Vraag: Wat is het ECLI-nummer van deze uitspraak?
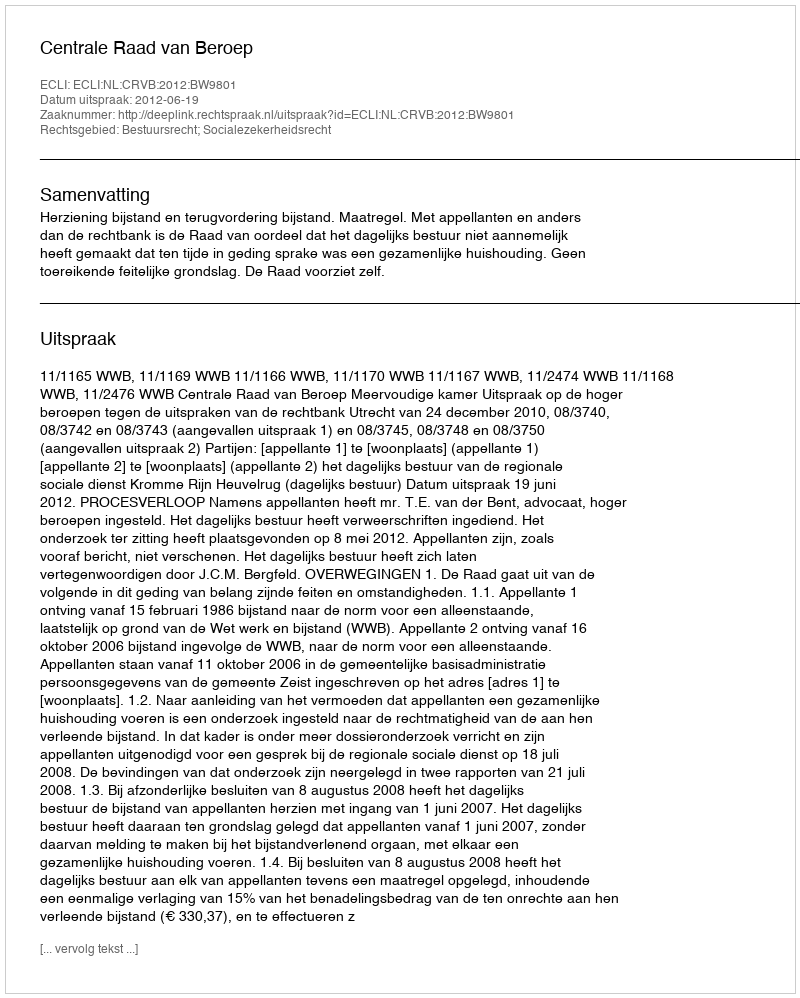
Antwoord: ECLI:NL:CRVB:2012:BW9801